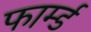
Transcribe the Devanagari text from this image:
फार्म्ड